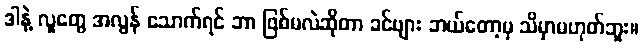
ဒါနဲ့ လူတွေ အလွန် သောက်ရင် ဘာ ဖြစ်မလဲဆိုတာ ခင်ဗျား ဘယ်တော့မှ သိမှာမဟုတ်ဘူး။